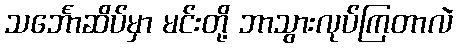
သင်္ဘောဆိပ်မှာ မင်းတို့ ဘာသွားလုပ်ကြတာလဲ